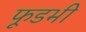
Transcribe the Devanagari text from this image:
फूडभी